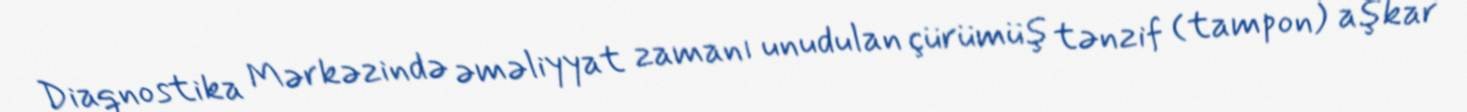
Diaqnostika Mərkəzində əməliyyat zamanı unudulan çürümüş tənzif (tampon) aşkar